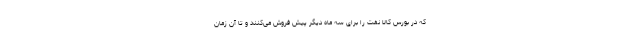
که در بورس کالا نفت را برای سه ماه دیگر پیش فروش می‌کنند و تا آن زمان